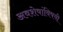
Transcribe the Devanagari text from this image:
अवशेषांविषयी